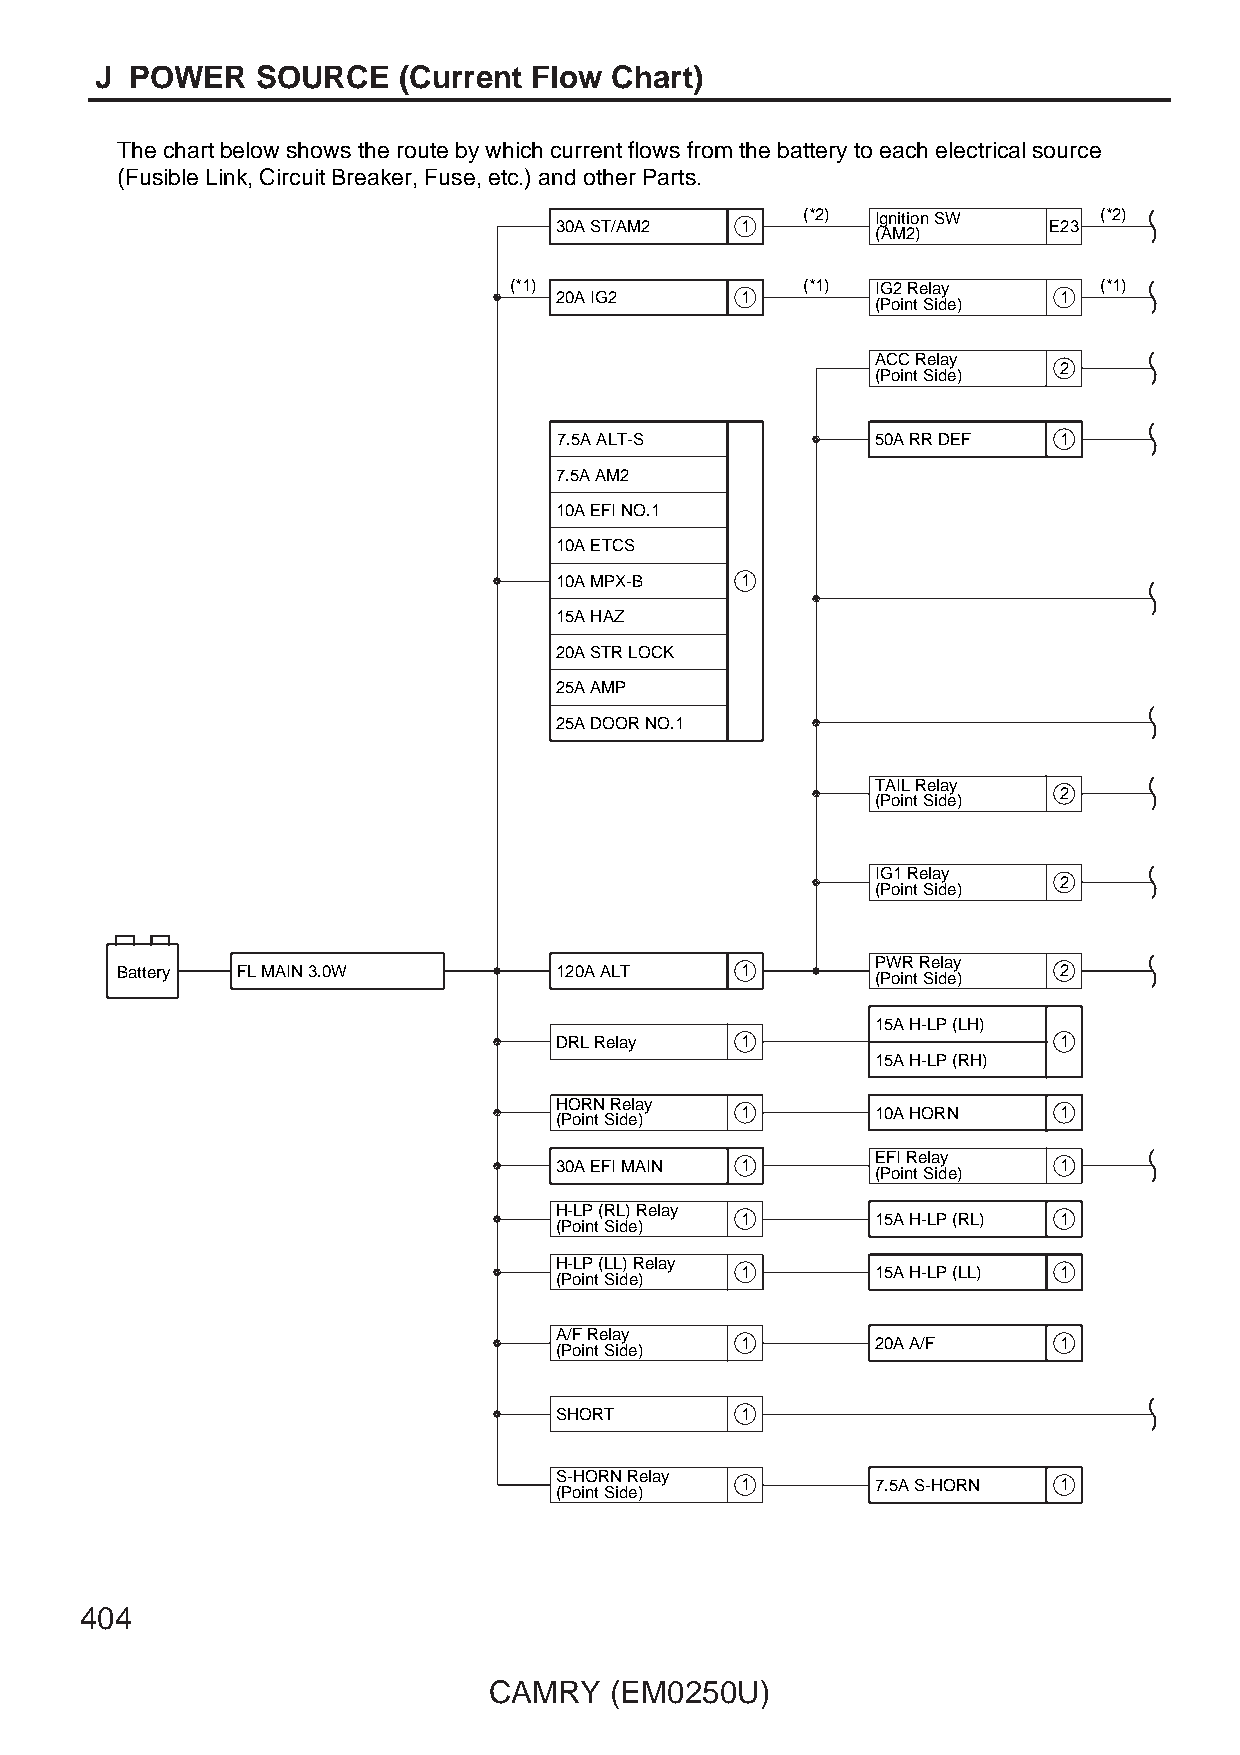
J  POWER   SOURCE   (Current Flow Chart)
 The chart below shows the route by which current flows from the battery to each electrical source
 (Fusible Link, Circuit Breaker, Fuse, etc.) and other Parts.
 (*2) Ignition SW    (*2)
 30A ST/AM2  1                   E23
 (AM2)
 (*1)               (*1) IG2 Relay      (*1)
 20A IG2     1                    1
 (Point Side)
 ACC Relay
 2
 (Point Side)
 7.5A ALT-S           50A RR DEF  1
 7.5A AM2
 10A EFI NO.1
 10A ETCS
 10A MPX-B   1
 15A HAZ
 20A STR LOCK
 25A AMP
 25A DOOR NO.1
 TAIL Relay
 2
 (Point Side)
 IG1 Relay
 2
 (Point Side)
 PWR Relay
 Battery FL MAIN 3.0W         120A ALT    1        (Point Side) 2
 15A H-LP (LH)
 DRL Relay   1                    1
 15A H-LP (RH)
 HORN Relay
 1        10A HORN    1
 (Point Side)
 EFI Relay
 30A EFI MAIN 1                   1
 (Point Side)
 H-LP (RL) Relay
 1        15A H-LP (RL) 1
 (Point Side)
 H-LP (LL) Relay
 1        15A H-LP (LL) 1
 (Point Side)
 A/F Relay
 1        20A A/F     1
 (Point Side)
 SHORT       1
 S-HORN Relay
 1        7.5A S-HORN 1
 (Point Side)
 404
 CAMRY   (EM0250U)